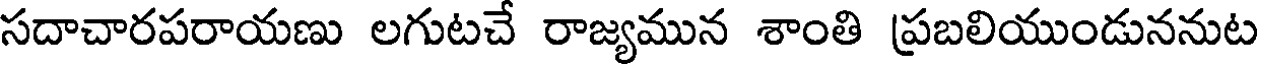
సదాచారపరాయణు లగుటచే రాజ్యమున శాంతి ప్రబలియుండుననుట